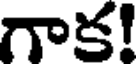
గాక!